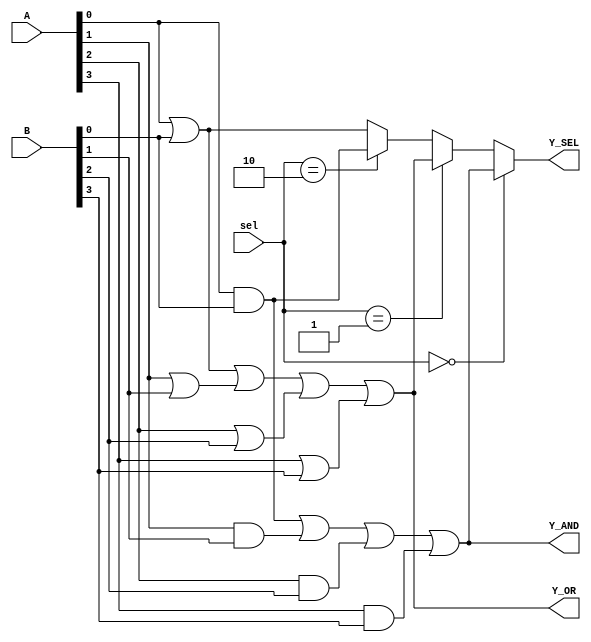
module combinational_logic_block (
    input wire [3:0] A,          // 4-bit input A
    input wire [3:0] B,          // 4-bit input B
    input wire [1:0] sel,        // Control signal to select output
    output wire Y_AND,           // Output for AND function
    output wire Y_OR,            // Output for OR function
    output wire Y_SEL            // Final selected output based on control signal
);

    // Shared Logic Resources
    wire [3:0] and_out;          // Intermediate AND outputs
    wire [3:0] or_out;           // Intermediate OR outputs

    // AND logic
    assign and_out[0] = A[0] & B[0];
    assign and_out[1] = A[1] & B[1];
    assign and_out[2] = A[2] & B[2];
    assign and_out[3] = A[3] & B[3];

    // OR logic
    assign or_out[0] = A[0] | B[0];
    assign or_out[1] = A[1] | B[1];
    assign or_out[2] = A[2] | B[2];
    assign or_out[3] = A[3] | B[3];

    // Output for AND function
    assign Y_AND = and_out[0] | and_out[1] | and_out[2] | and_out[3];

    // Output for OR function
    assign Y_OR = or_out[0] | or_out[1] | or_out[2] | or_out[3];

    // Multiplexer for selecting output based on control signal
    assign Y_SEL = (sel == 2'b00) ? Y_AND :
                   (sel == 2'b01) ? Y_OR :
                   (sel == 2'b10) ? and_out[0] : // Example for additional function
                   or_out[0]; // Example for additional function

endmodule